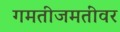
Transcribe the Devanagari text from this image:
गमतीजमतींवर